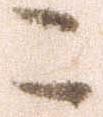
こ